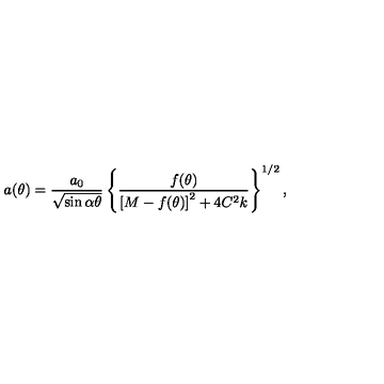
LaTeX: a ( \theta ) = \frac { a _ { 0 } } { \sqrt { \sin \alpha \theta } } \left\{ \frac { f ( \theta ) } { \left[ M - f ( \theta ) \right] ^ { 2 } + 4 C ^ { 2 } k } \right\} ^ { 1 / 2 } ,